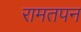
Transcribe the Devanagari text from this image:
रामतपन